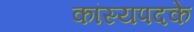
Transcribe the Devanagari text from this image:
कांस्यपदके